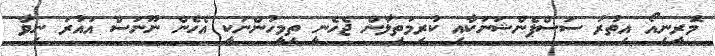
މޮރީނިއޯ އިތުރު ސަސްޕެންޝަނަކާއި ކުރިމަތިލާން ޖެހެނީ ތިމީހުންނަކީ އެހެން ނޫނަސް އައުރަ ނިވާ